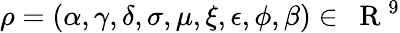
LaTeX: \rho=(\alpha,\gamma,\delta,\sigma,\mu,\xi,\epsilon,\phi,\beta)\in{\mathrm{~\mathbf~R~}}^{9}